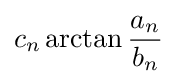
c_{n}\arctan {\frac {a_{n}}{b_{n}}}